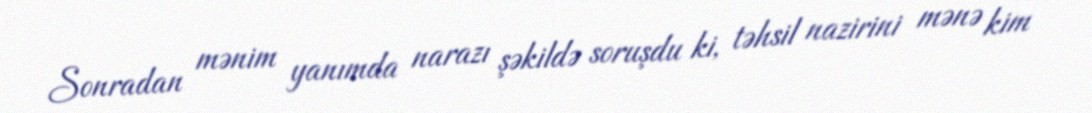
Sonradan mənim yanımda narazı şəkildə soruşdu ki, təhsil nazirini mənə kim